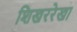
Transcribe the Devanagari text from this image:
शिखररेखा